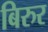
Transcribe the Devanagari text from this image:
बिरुर